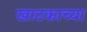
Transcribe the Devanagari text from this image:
खाटकाच्या